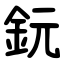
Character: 鈨